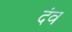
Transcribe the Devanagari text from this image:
दंव